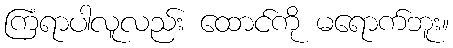
ကြံရာပါလူလည်း ထောင်ကို မရောက်ဘူး။